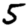
Digit: 5